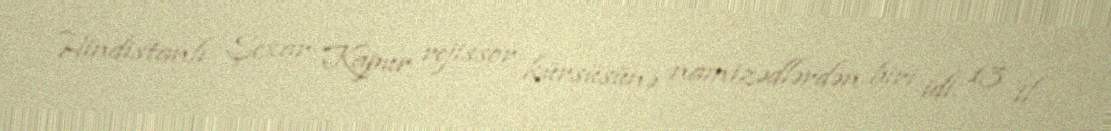
Hindistanlı Şexar Kapur rejissor kürsüsünə namizədlərdən biri idi. 13 il